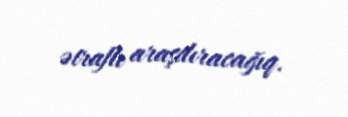
ətraflı araşdıracağıq.